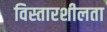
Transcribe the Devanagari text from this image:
विस्तारशीलता